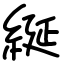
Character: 綖